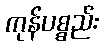
ကုန်ပစ္စည်း